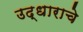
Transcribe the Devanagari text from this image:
उद्धाराचे